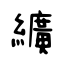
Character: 纊